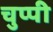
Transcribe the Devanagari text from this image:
चुप्‍पी